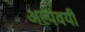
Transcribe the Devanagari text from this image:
अल्पवयी